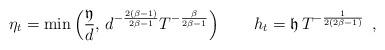
LaTeX: \begin{align*} \eta_t =\min\left(\frac{\mathfrak{y}}{d},\, d^{-\frac{2(\beta-1)}{2\beta-1}}T^{-\frac{\beta}{2\beta-1}}\right) \qquad h_t = \mathfrak{h}\, T^{-\frac{1}{2(2\beta-1)}}\enspace, \end{align*}